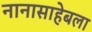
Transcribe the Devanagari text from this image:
नानासाहेबला